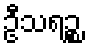
ဦသရဉ္စ